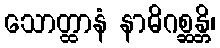
သောတ္ထာနံ နာဓိဂစ္ဆန္တိ၊